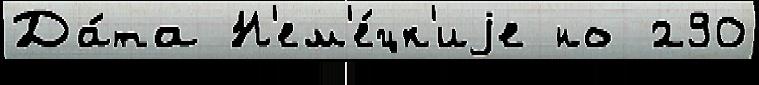
Да́та Н'ем'е́цк'иjе но 290